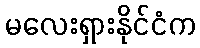
မလေးရှားနိုင်ငံက